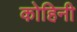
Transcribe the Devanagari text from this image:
कोहिनी